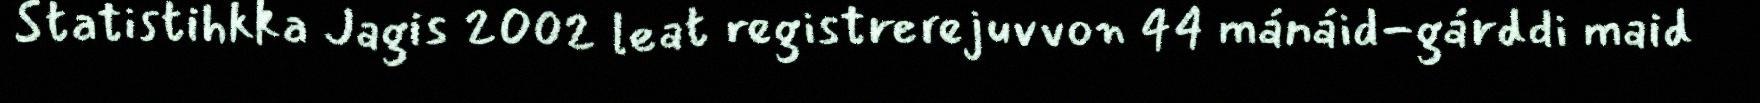
Statistihkka Jagis 2002 leat registrerejuvvon 44 mánáid-gárddi maid